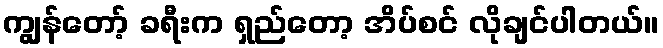
ကျွန်တော့် ခရီးက ရှည်တော့ အိပ်စင် လိုချင်ပါတယ်။